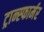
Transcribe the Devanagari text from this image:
ट्रान्स्फार्मर